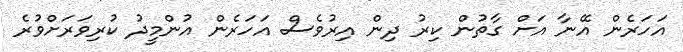
އަހަރެން އޭނާ އަށް ގާތުން ކިރު ދިން އިރުވެސް އަހަރެން އުންމީދު ކުރިވަރަށްވުރެ